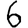
Digit: 6